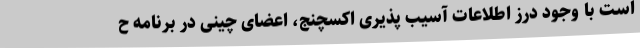
است با وجود درز اطلاعات آسیب پذیری اکسچنج، اعضای چینی در برنامه ح